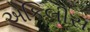
એકિલીસ